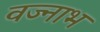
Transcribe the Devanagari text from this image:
वज्नाभ